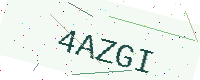
Text: 4AZGI